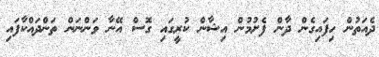
ދެއަތުން ހިފައިގެން ދާން ފެށުމުން އިޝާން ކުރީގައި ގޮސް އޭނާ ވަންނަން ތަންދައްކާފައި